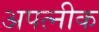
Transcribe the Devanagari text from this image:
अपत्नीक